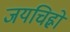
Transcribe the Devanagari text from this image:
जयचिह्नों